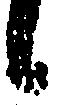
候